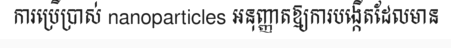
ការប្រើប្រាស់ nanoparticles អនុញ្ញាតឱ្យការបង្កើតដែលមាន